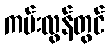
ကမ်းလွန်တွင်